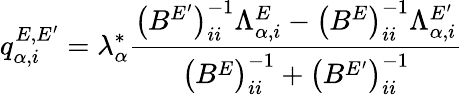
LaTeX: q_{\alpha,i}^{E,E^{\prime}}=\lambda_{\alpha}^{*}\frac{\bigl(B^{E^{\prime}}\bigr)_{ii}^{-1}\Lambda_{\alpha,i}^{E}-\left(B^{E}\right)_{ii}^{-1}\Lambda_{\alpha,i}^{E^{\prime}}}{\bigl(B^{E}\bigr)_{ii}^{-1}+\bigl(B^{E^{\prime}}\bigr)_{ii}^{-1}}